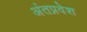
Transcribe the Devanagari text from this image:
अंतप्रवेश